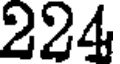
224